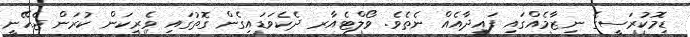
ޑިމޮކުރަސީގެ ނިޒާމެއްގައި ފައިދާއެއް ނެތެވެ. ވޯލްޓެއާރ ދެކެވަޑައިގެން ގޮތުގައި ވެރިކަން ކުރަން ޖެހޭނީ